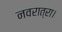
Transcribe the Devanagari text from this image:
नवरात्रा।